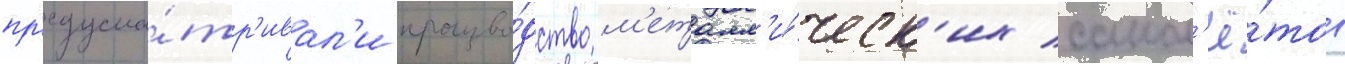
пр'едусма́тр'ивал'и произво́дство м'еталл'и́ческ'их самол'ё́тов